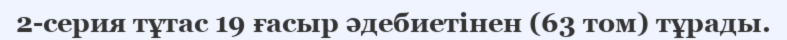
2-серия тұтас 19 ғасыр әдебиетінен (63 том) тұрады.